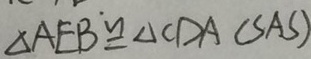
\Delta A E B \cong \Delta C D A ( S A S )